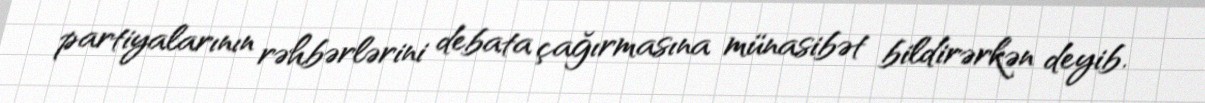
partiyalarının rəhbərlərini debata çağırmasına münasibət bildirərkən deyib.